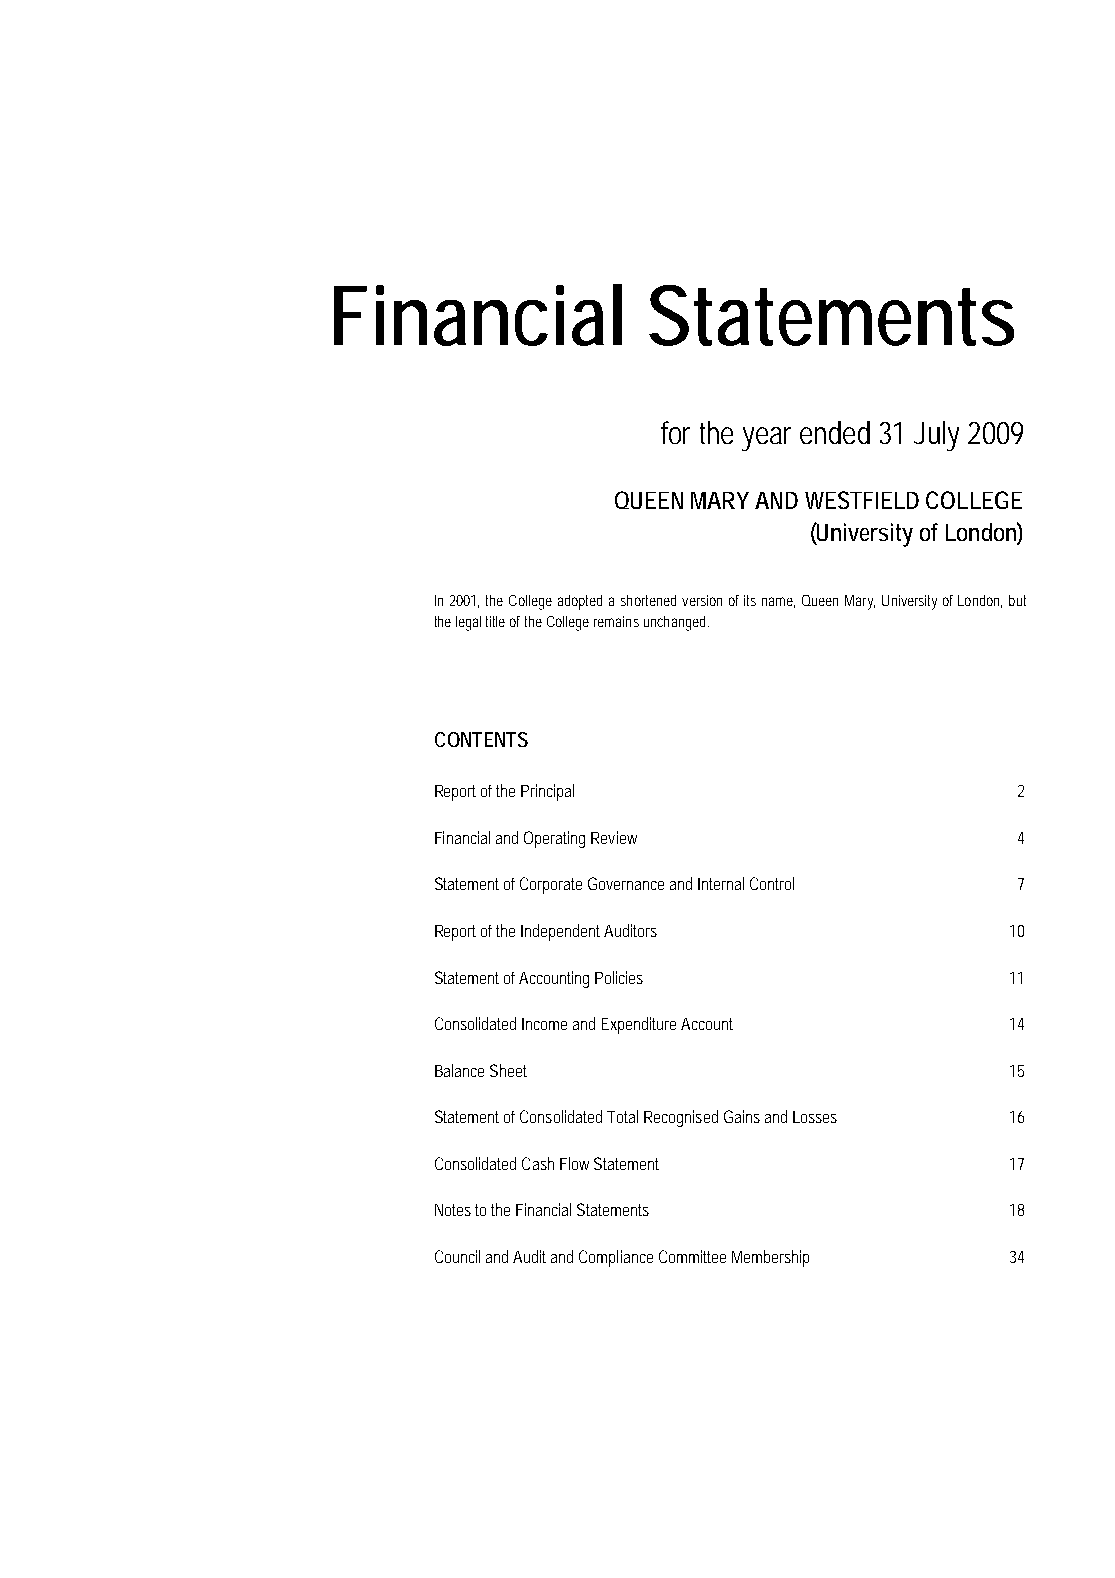
Financial            Statements
 for the year ended 31 July 2009
 QUEEN MARY AND WESTFIELD COLLEGE
 (University of London)
 In2001,theCollegeadoptedashortenedversionofitsname,QueenMary,UniversityofLondon,but
 the legal title of the College remains unchanged.
 CONTENTS
 Report of the Principal               2
 Financial and Operating Review        4
 Statement of Corporate Governance and Internal Control 7
 Report of the Independent Auditors    10
 Statement of Accounting Policies      11
 Consolidated Income and Expenditure Account 14
 Balance Sheet                         15
 Statement of Consolidated Total Recognised Gains and Losses 16
 Consolidated Cash Flow Statement      17
 Notes to the Financial Statements     18
 Council and Audit and Compliance Committee Membership 34